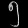
Digit: ၅